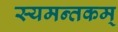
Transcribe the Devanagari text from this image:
स्यमन्तकम्